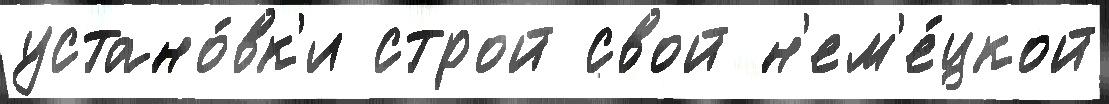
устано́вк'и строй свой н'ем'е́цкой